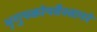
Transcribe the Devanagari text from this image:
भृगुपकोपवैश्वानरे